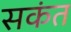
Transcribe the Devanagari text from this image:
सकंत